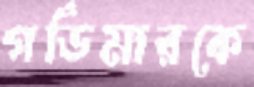
গর্ডিমারকে